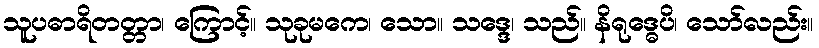
သူပဓာရိတတ္တာ၊ ကြောင့်။ သုခုမကေ၊ သော။ သဒ္ဒေ၊ သည်။ နိရုဒ္ဓေပိ၊ သော်လည်း။